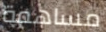
مساهمة